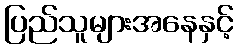
ပြည်သူများအနေနှင့်